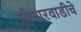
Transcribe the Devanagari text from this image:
सोनारवाडीचे